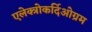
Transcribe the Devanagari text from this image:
एलेक्त्रोकर्दिओग्रम